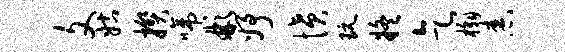
文姑揆啼彬妤愤玩疑乞槲舂